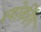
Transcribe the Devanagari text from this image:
स्मोकींग